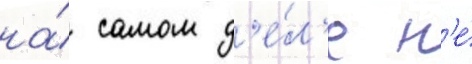
на́ самом д'е́л'е н'е́